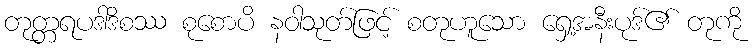
တုတ္တရပဒါဒိစဿ စုစောပိ နဝါသုတ်ဖြင့် စတုဟူသော ရှေ့အနီးပုဒ်၏ တုကို